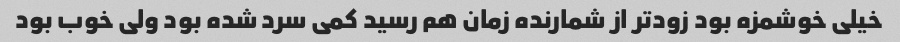
خیلی خوشمزه بود زودتر از شمارنده زمان هم رسید کمی سرد شده بود ولی خوب بود